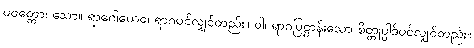
ပဝတ္တော၊ သော။ ရာဂေါယေဝ၊ ရာဂပင်လျှင်တည်း။ ဝါ၊ ရာဂပြဋ္ဌာန်းသော စိတ္တုပ္ပါဒ်ပင်လျှင်တည်း။